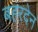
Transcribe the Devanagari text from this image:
बहरदेन